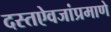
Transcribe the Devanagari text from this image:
दस्तऐवजांप्रमाणे